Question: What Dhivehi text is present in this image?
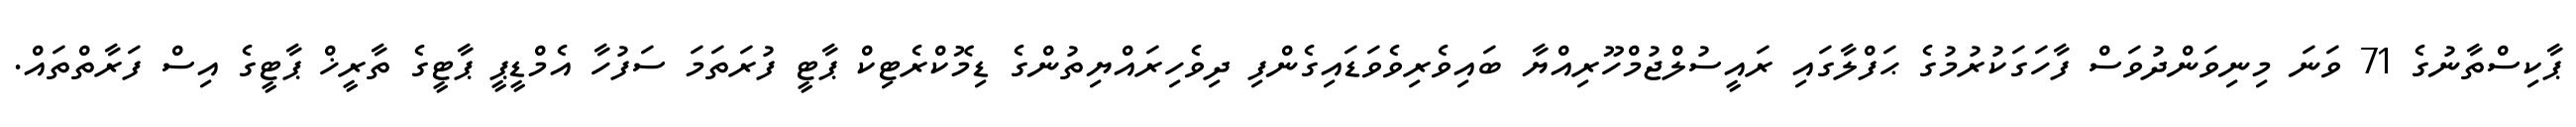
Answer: ޕާކިސްތާނުގެ 71 ވަނަ މިނިވަންދުވަސް ފާހަގަކުރުމުގެ ޙަފްލާގައި ރައީސުލްޖުމްހޫރިއްޔާ ބައިވެރިވެވަޑައިގެންފި ދިވެހިރައްޔިތުންގެ ޑިމޮކްރެޓިކް ޕާޓީ ފުރަތަމަ ސަފުހާ އެމްޑީޕީ ޕާޓީގެ ތާރީޚް ޕާޓީގެ އިސް ފަރާތްތައް.